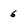
Character: 6